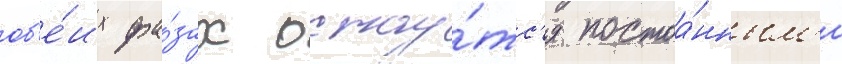
об'е́их фа́зах остау́тс'я постоа́нным'и